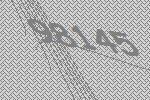
98145